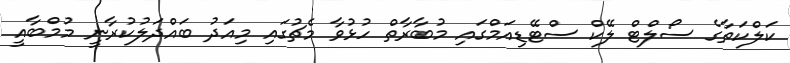
ކަލްކަތާގެ ސޯލްޓް ލޭކް ސްޓޭޑިއަމްގައި މުބާރާތް ހުޅުވާ މެޗުގައި މިއަދު ބައްދަލުކުރާނީ މުމްބާއީ